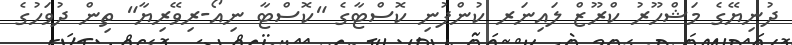
ދުނިޔޭގެ މަޝްހޫރު ކްރޫޒް ލައިނަރ ކުންފުނި ކޮސްޓާގެ "ކޮސްޓާ ނިއޯ-ރިވޭރިޔާ" ތިން ދުވަހުގެ